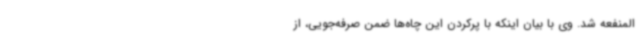
المنفعه شد. وی با بیان اینکه با پرکردن این چاه‌ها ضمن صرفه‌جویی، از